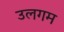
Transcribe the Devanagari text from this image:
उलगम